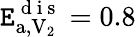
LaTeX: \mathtt{E}_{\mathrm{{a}},\mathrm{{V}}_{2}}^{\mathrm{{~d~i~s~}}}=0.8